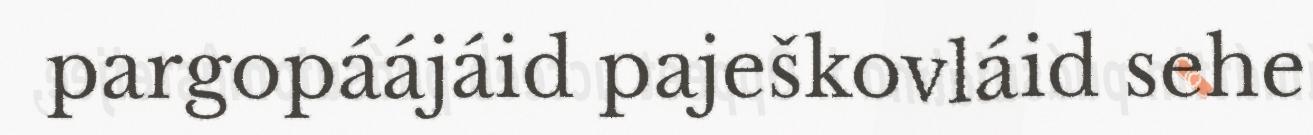
pargopáájáid paješkovláid sehe